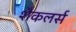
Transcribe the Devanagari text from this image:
शैकलर्स